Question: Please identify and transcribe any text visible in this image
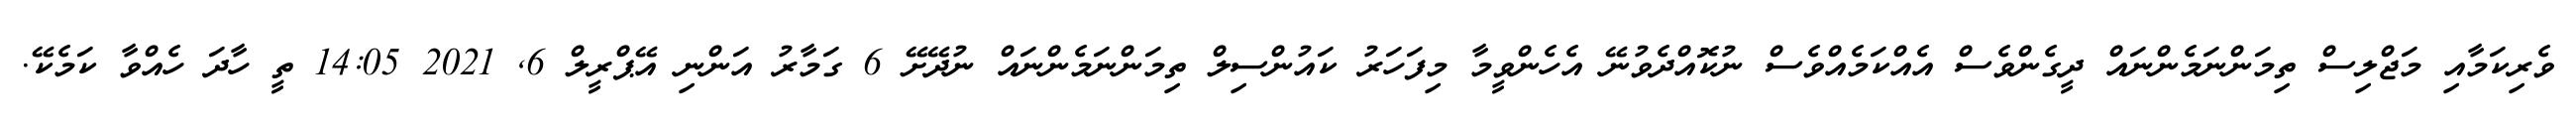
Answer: ވެރިކަމާއި މަޖްލިސް ތިމަންނަމެންނައް ދީގެންވެސް އެއްކަމެއްވެސް ނުކޮއްދެވުނޭ އެހެންވީމާ މިފަހަރު ކައުންސިލް ތިމަންނަމެންނައް ނުދޭށޭ 6 ގަމާރު އަންނި އޭޕްރީލް 6, 2021 14:05 ތީ ހާދަ ހެއްވާ ކަމެކޭ.